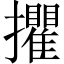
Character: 㩴